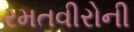
રમતવીરોની